system: You are a helpful assistant.
user:
Analyze the provided spectrum to determine if it is a **S-type Star**.

- **Key Indicators for S-type Star:**

    - **(Overall Spectrum Shape):** The first and most obvious characteristic is the overall continuum (the "baseline" shape). It is **extremely "red-sloping,"** meaning the flux (light intensity) is very low on the left side (blue, ~4000-4500 Å) and rises steeply and continuously toward the right side (red, ~7000 Å+).

    - **(Primary):** The spectrum is defined by the presence of strong, broad molecular absorption "valleys" (bands) from **Zirconium Oxide (ZrO)**. The identification of these bands is the **primary requirement** for classifying a star as S-type.
        - **(Key Bandheads):** You must find distinct, deep "dips" where the light has been absorbed. The most critical band systems to locate are:
            - **~6474 Å** ($\gamma$-system): This is often the strongest and clearest ZrO feature, found in the red part of the spectrum.
            - **~5718 Å** & **~5551 Å** ($\beta$-system): A pair of prominent absorption features in the yellow-orange part of the spectrum.
            - **~4640 Å** ($\alpha$-system): A key absorption band system in the blue-green region of the spectrum.

    - **(Secondary Confirmation):** The classification is strengthened by finding additional absorption bands from other related heavy element oxides, which are expected to be present alongside ZrO.
        - **(Key Bandheads):**
            - **Yttrium Oxide (YO):** Look for absorption dips near **~4800 Å** and **~6100 Å**.
            - **Lanthanum Oxide (LaO):** Additional absorption features, particularly in the red-orange part of the spectrum, are also characteristic.

    - **(Line Profile):** The combination of the steep red continuum and these numerous, deep molecular bands (ZrO, YO, etc.) gives the entire spectrum a very **"chopped-up"** or **"bumpy"** appearance. Instead of a smooth curve, the spectrum looks as though large, wide chunks of light have been "carved out" of it at the specific wavelengths listed above.

Think first, call **spectral_visualization_tool** if needed to examine features in detail, then provide your final answer. Your response must adhere to the following strict rules:
1.  **Overall Structure:** Your response must follow the format `<think>...</think> <tool_call>...</tool_call> (if a tool is used) <answer>...</answer>`.
2.  **Tool Usage Constraint:** You may only make **one** tool call per turn.
3.  **Final Answer Format:** In the `<answer>` tag, your conclusion must be inside a `\boxed{}` command (e.g., `\boxed{YES}` or `\boxed{NO}`), followed by your justification.

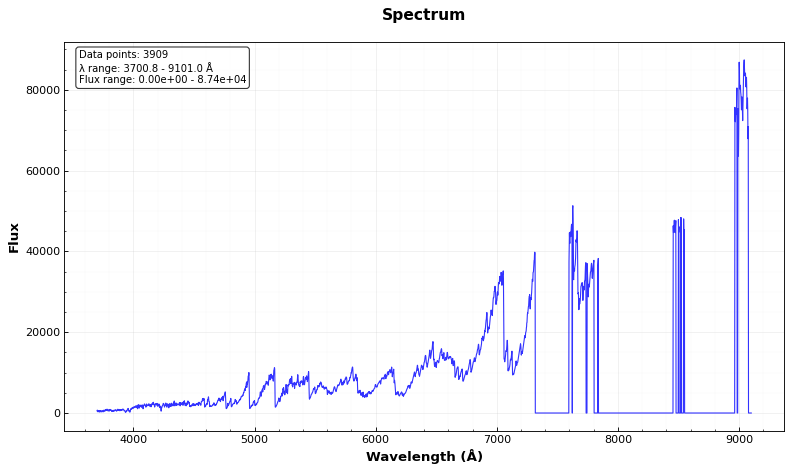
Answer: YES